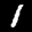
Label: 1